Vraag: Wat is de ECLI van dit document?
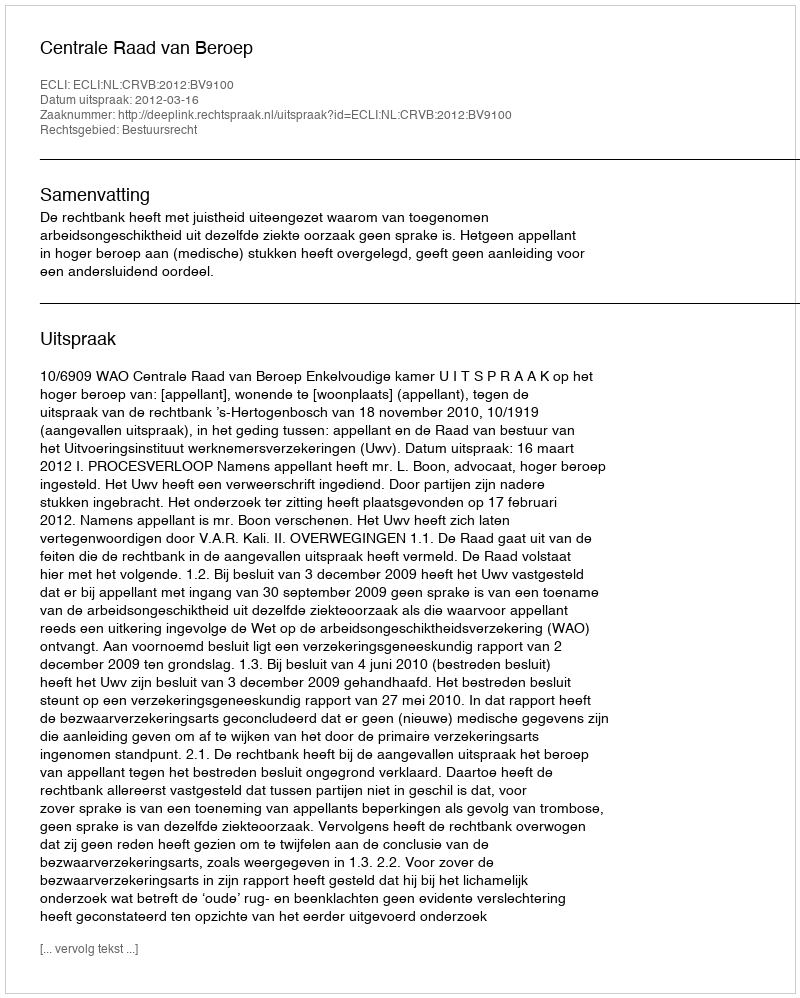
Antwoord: ECLI:NL:CRVB:2012:BV9100